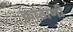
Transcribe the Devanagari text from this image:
काठाणी